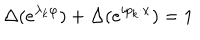
LaTeX: \Delta ( e ^ { \lambda _ { k } \varphi } ) + \Delta ( e ^ { i p _ { k } \cdot x } ) = 1